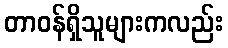
တာဝန်ရှိသူများကလည်း